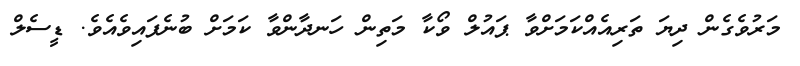
މަރުވެގެން ދިޔަ ތަރިއެއްކަމަށްވާ ޕައުލް ވޯކާ މަތިން ހަނދާންވާ ކަމަށް ބުނެފައިވެއެވެ. ޑީސެލް